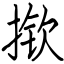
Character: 揿